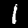
Digit: 1